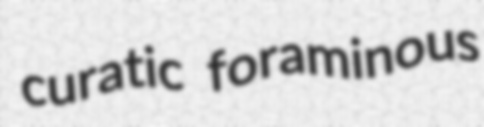
curatic foraminous